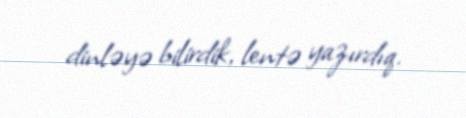
dinləyə bilirdik, lentə yazırdıq.